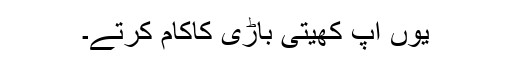
یوں آپ کھیتی باڑی کاکام کرتے۔